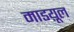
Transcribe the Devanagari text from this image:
माडय़ूल